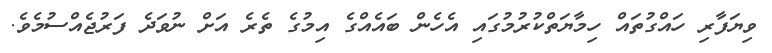
ވިޔަފާރި ހައްގުތައް ހިމާޔަތްކުރުމުގައި އެހެން ބައެއްގެ އިމުގެ ތެރެ އަށް ނުވަދެ ފަރުޖެއްސުމެވެ.